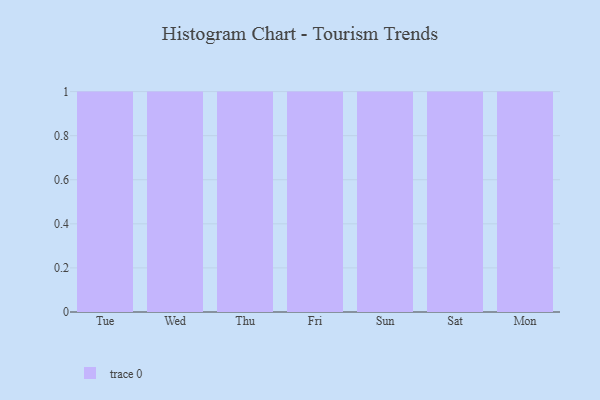
{"axis": {"x": "Day", "y": "Conversion Rate (%)"}, "legend": [""], "data": [{"x": "Tue", "y": 33, "type": ""}, {"x": "Wed", "y": 74, "type": ""}, {"x": "Thu", "y": 67, "type": ""}, {"x": "Fri", "y": 52, "type": ""}, {"x": "Sun", "y": 26, "type": ""}, {"x": "Sat", "y": 97, "type": ""}, {"x": "Mon", "y": 62, "type": ""}]}